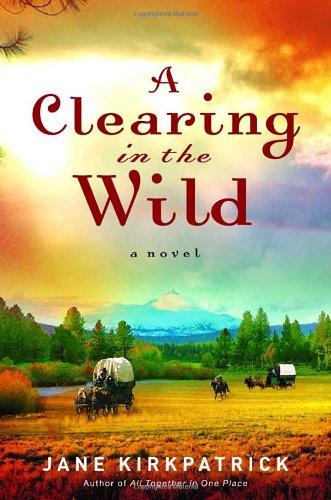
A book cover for A Clearing in the Wild (Change and Cherish Historical Series #1); Jane Kirkpatrick; Religion & Spirituality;